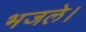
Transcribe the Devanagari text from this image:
भजले।